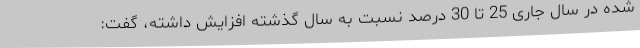
شده در سال جاری 25 تا 30 درصد نسبت به سال گذشته افزایش داشته، گفت: